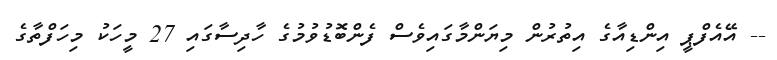
-- އޭއެފްޕީ އިންޑިއާގެ އިތުރުން މިޔަންމާގައިވެސް ފެންބޮޑުވުމުގެ ހާދިސާގައި 27 މީހަކު މިހަފްތާގެ